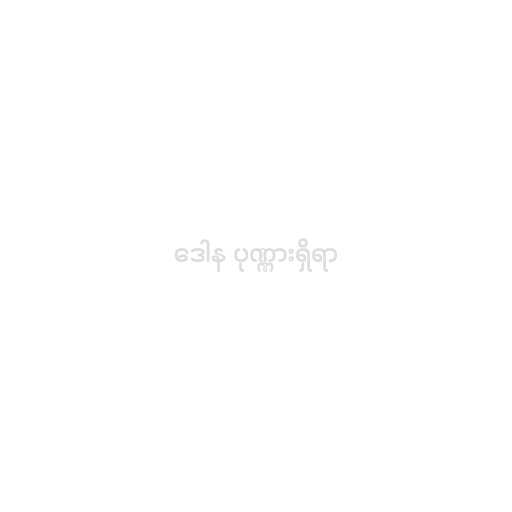
ဒေါန ပုဏ္ဏားရှိရာ